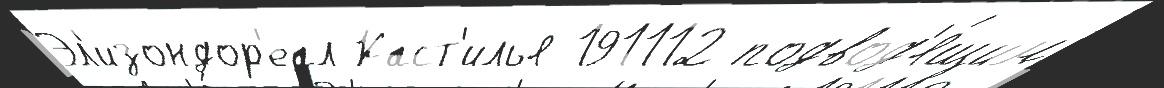
Эл'изондор'еал Каст'илья 191112 подвод'я́щим